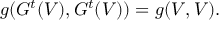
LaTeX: g ( G ^ { t } ( V ) , G ^ { t } ( V ) ) = g ( V , V ) .